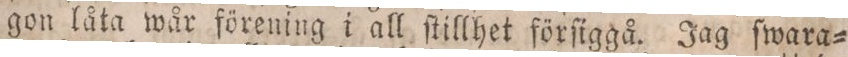
gon låta wår förening i all ſtillhet förſiggå. Jag ſwara=